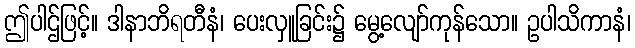
ဤပါဌ်ဖြင့်။ ဒါနာဘိရတီနံ၊ ပေးလှူခြင်း၌ မွေ့လျော်ကုန်သော။ ဥပါသိကာနံ၊